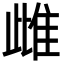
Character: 雌